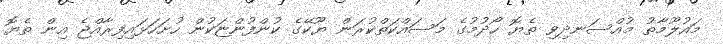
މައުލޫމާތު މުއްސަނދިވި ތެޔޮ ހޯދުމުގެ މަސައްކަތްކުރަން ޔޫކޭގެ ކުންފުންޏަކުން ހުށަހަޅައިފިރާއްޖެ އިން ތެޔޮ